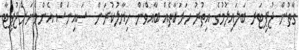
ގާތުން ޖުޕިޓަރ ބަލައިލުމުގެ އިތުރު ހަރަކާތެއް ބާއްވަން ޚިޔާލުކުރަން  ސައިންސް އެންމެނަށްޖުޕިޓާ